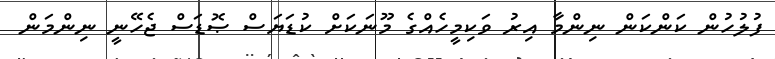
ފުލުހުން ކަންކަން ނިންމާ އިރު ވަކިމީހެއްގެ މޫނަކަށް ކުޑަޔަސް ޞޮޑަސް ޖެހޭނީ ނިންމަން